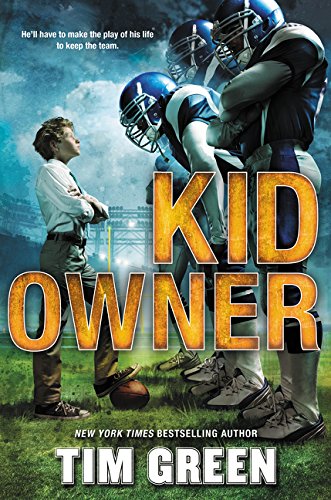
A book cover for Kid Owner; Tim Green; Children's Books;